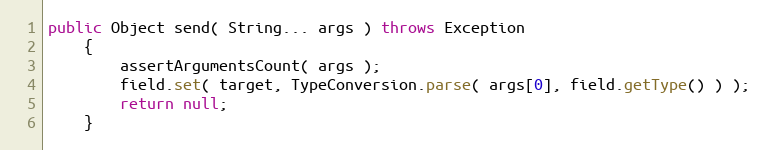
Language: Java
public Object send( String... args ) throws Exception
    {
        assertArgumentsCount( args );
        field.set( target, TypeConversion.parse( args[0], field.getType() ) );
        return null;
    }